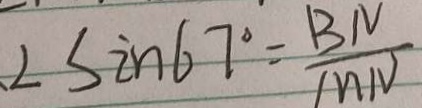
\angle \sin 6 7 ^ { \circ } = \frac { B N } { M N }